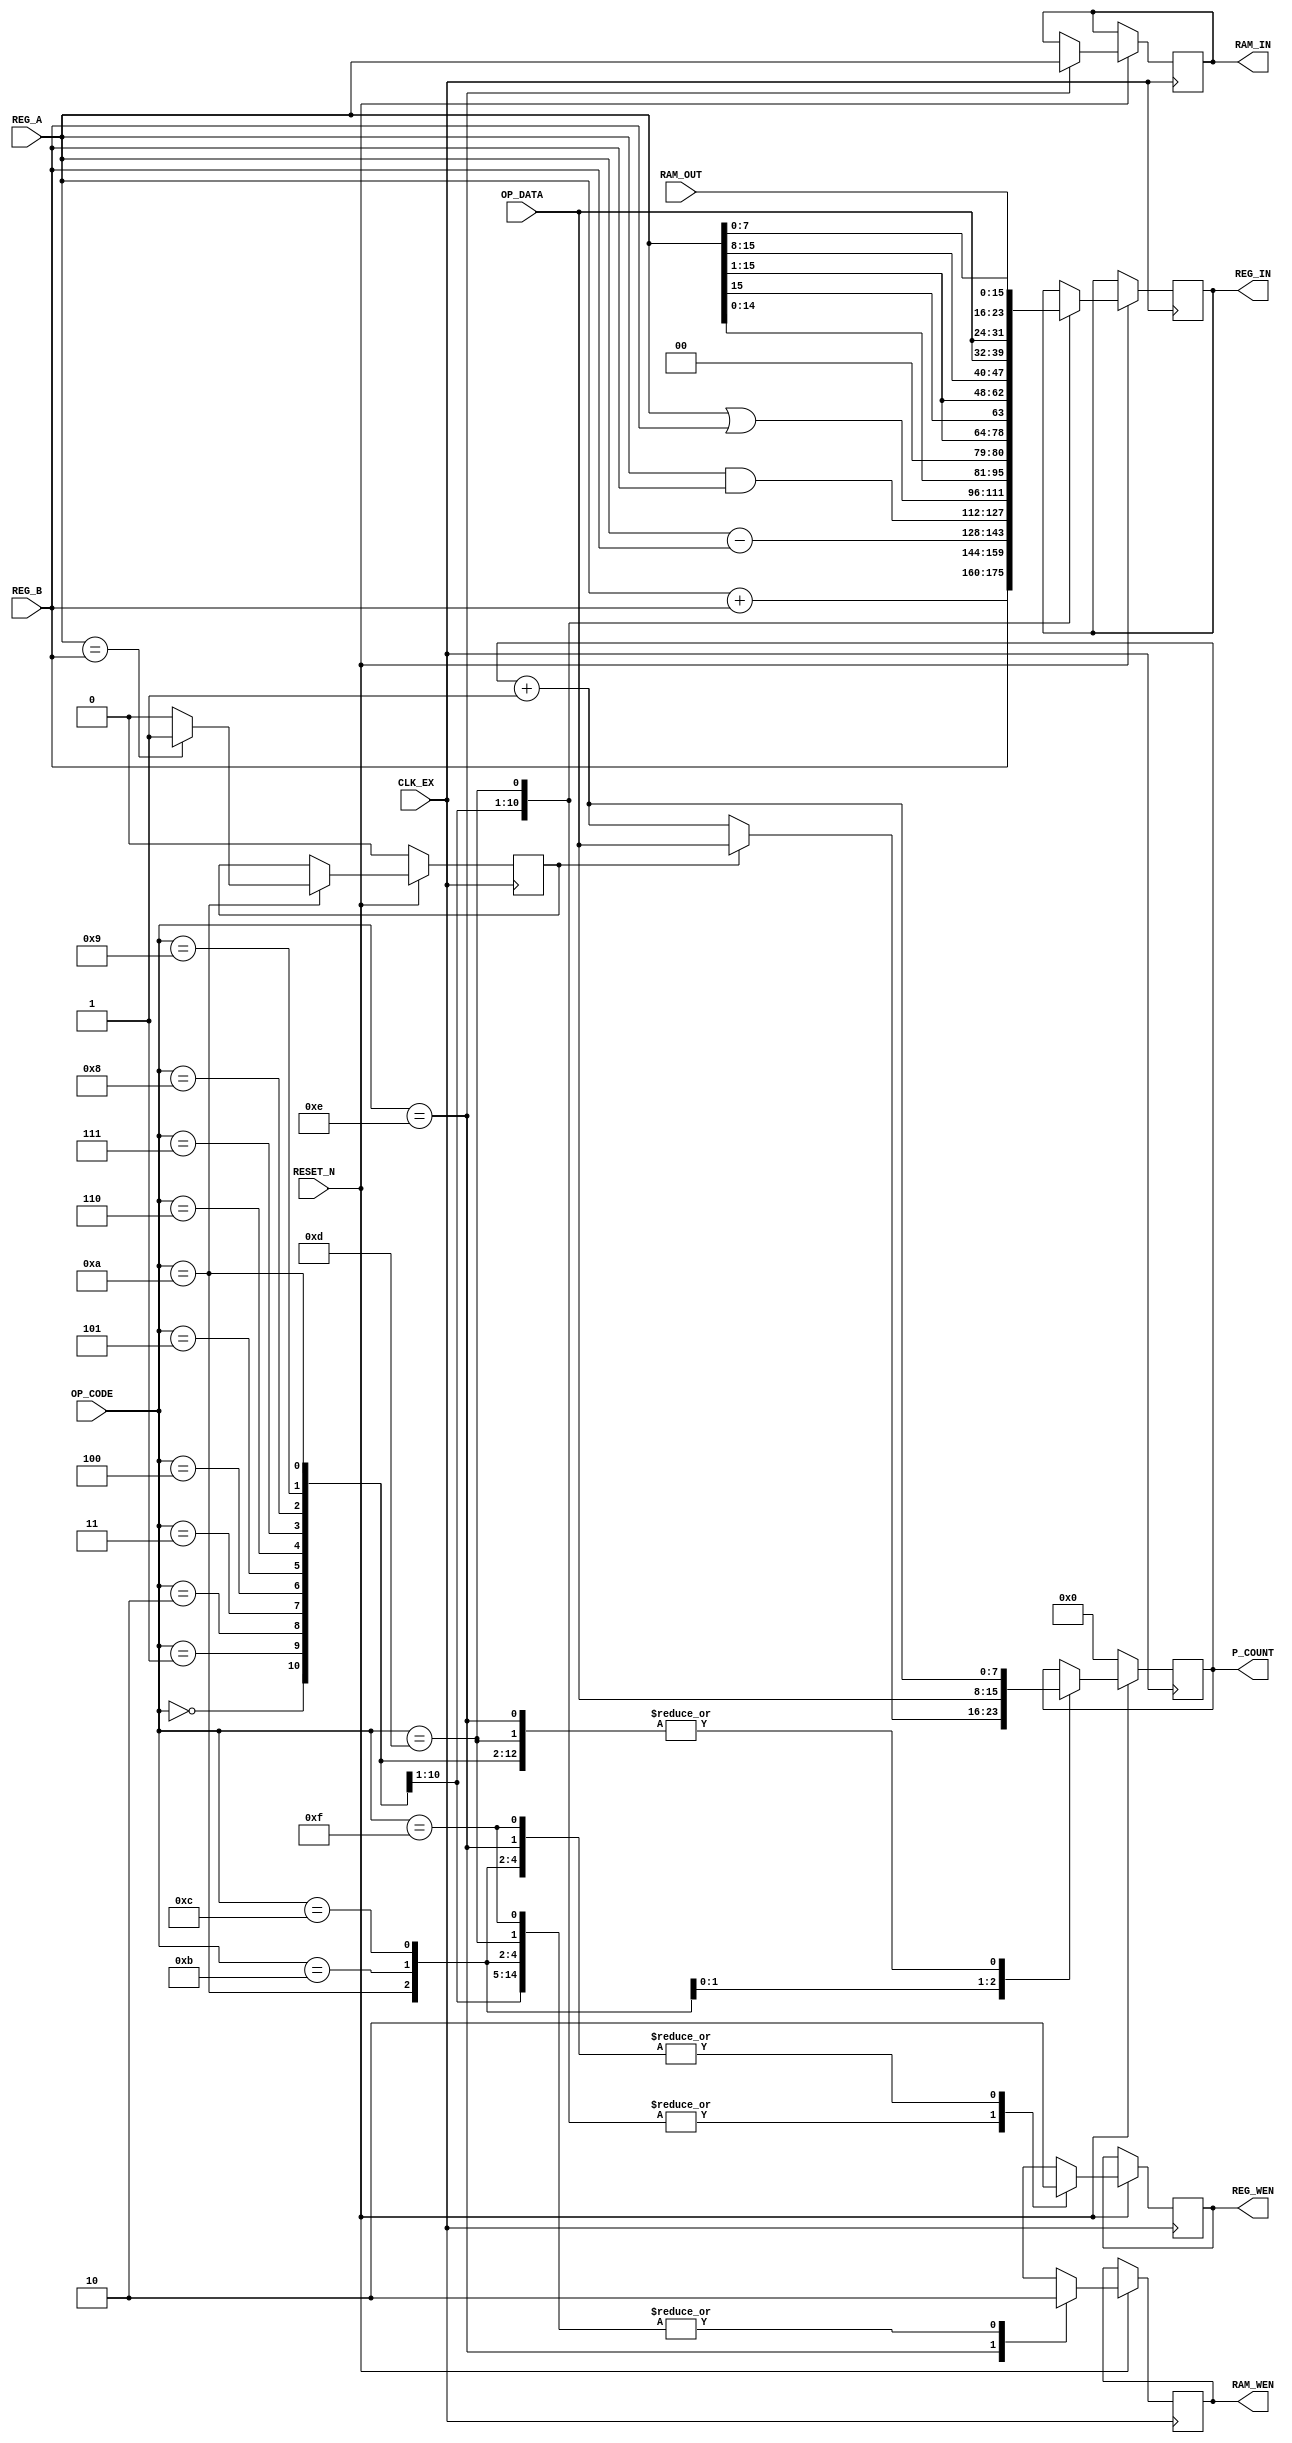
module exec(
    input CLK_EX,
    input RESET_N,
    input[3:0] OP_CODE,
    input[15:0] REG_A,
    input[15:0] REG_B,
    input[7:0] OP_DATA,
    input[15:0] RAM_OUT,
    output reg[7:0] P_COUNT,
    output reg[15:0] REG_IN,
    output reg[15:0] RAM_IN,
    output reg REG_WEN,
    output reg RAM_WEN
);
    reg cmp_flag = 0;

    always @(posedge CLK_EX) begin
        if (RESET_N == 0) begin
            P_COUNT <= 0;
            cmp_flag <= 0;
        end
        else begin
            case (OP_CODE)
                4'b0000: // MOV
                begin
                    REG_IN <= REG_B;
                    REG_WEN <= 1;
                    RAM_WEN <= 0;
                    P_COUNT <= P_COUNT + 1;
                end
                4'b0001: // ADD
                begin
                    REG_IN <= REG_A + REG_B;
                    REG_WEN <= 1;
                    RAM_WEN <= 0;
                    P_COUNT <= P_COUNT + 1;
                end
                4'b0010: // SUB
                begin
                    REG_IN <= REG_A - REG_B;
                    REG_WEN <= 1;
                    RAM_WEN <= 0;
                    P_COUNT <= P_COUNT + 1;
                end
                4'b0011: // AND
                begin
                    REG_IN <= REG_A & REG_B;
                    REG_WEN <= 1;
                    RAM_WEN <= 0;
                    P_COUNT <= P_COUNT + 1;
                end
                4'b0100: // OR
                begin
                    REG_IN <= REG_A | REG_B;
                    REG_WEN <= 1;
                    RAM_WEN <= 0;
                    P_COUNT <= P_COUNT + 1;
                end
                4'b0101: // SL
                begin
                    REG_IN <= {REG_A[14:0], 1'b0};
                    REG_WEN <= 1;
                    RAM_WEN <= 0;
                    P_COUNT <= P_COUNT + 1;
                end
                4'b0110: // SR
                begin
                    REG_IN <= {1'b0, REG_A[15:1]};
                    REG_WEN <= 1;
                    RAM_WEN <= 0;
                    P_COUNT <= P_COUNT + 1;
                end
                4'b0111: // SRA
                begin
                    REG_IN <= {REG_A[15], REG_A[15:1]};
                    REG_WEN <= 1;
                    RAM_WEN <= 0;
                    P_COUNT <= P_COUNT + 1;
                end
                4'b1000: // LDL
                begin
                    REG_IN <= {REG_A[15:8], OP_DATA};
                    REG_WEN <= 1;
                    RAM_WEN <= 0;
                    P_COUNT <= P_COUNT + 1;
                end
                4'b1001: // LDH
                begin
                    REG_IN <= {OP_DATA, REG_A[7:0]};
                    REG_WEN <= 1;
                    RAM_WEN <= 0;
                    P_COUNT <= P_COUNT + 1;
                end
                4'b1010: // CMP
                begin
                    if (REG_A == REG_B) begin
                        cmp_flag <= 1;
                    end
                    else begin
                        cmp_flag <= 0;
                    end
                    REG_WEN <= 0;
                    RAM_WEN <= 0;
                    P_COUNT <= P_COUNT + 1;
                end
                4'b1011: // JE
                begin
                    if (cmp_flag == 1) begin
                        P_COUNT <= OP_DATA;
                    end
                    else begin
                        P_COUNT <= P_COUNT + 1;
                    end
                    REG_WEN <= 0;
                    RAM_WEN <= 0;
                end
                4'b1100: // JMP
                begin
                    REG_WEN <= 0;
                    RAM_WEN <= 0;
                    P_COUNT <= OP_DATA;
                end
                4'b1101: // LD
                begin
                    REG_IN <= RAM_OUT;
                    REG_WEN <= 1;
                    RAM_WEN <= 0;
                    P_COUNT <= P_COUNT + 1;
                end
                4'b1110: // ST
                begin
                    RAM_IN <= REG_A;
                    REG_WEN <= 0;
                    RAM_WEN <= 1;
                    P_COUNT <= P_COUNT + 1;
                end
                4'b1111: // HLT
                begin
                    REG_WEN <= 0;
                    RAM_WEN <= 0;
                end
                default: ;// nothing to do
            endcase
        end
    end
endmodule